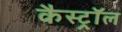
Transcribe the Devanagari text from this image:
कैस्ट्रॉल